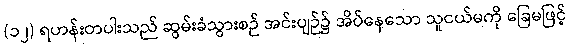
(၁၂) ရဟန်းတပါးသည် ဆွမ်းခံသွားစဉ် အင်းပျဉ်၌ အိပ်နေသော သူငယ်မကို ခြေမဖြင့်